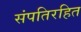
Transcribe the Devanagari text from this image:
संपतिरहित